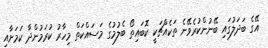
އޭގެ ބަދަލުގައި ބޭނުންކުރެވޭނެ ތަކެއްޗަކީ ކޮބައިތޯ ބެލުމުގެ މަސައްކަތް މިހާރު ކުރަމުންދާ ކަމަށާއި